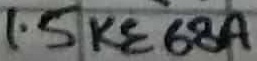
Text: 1.5KE68A